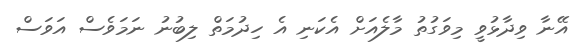
އޭނާ ވިދާޅުވީ މިވަގުތު މާލެއަށް އެކަނި އެ ހިދުމަތް ލިބުނު ނަމަވެސް އަވަސް